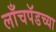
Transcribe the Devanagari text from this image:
लाँचपॅडच्या